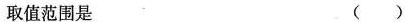
取值范围是（）